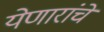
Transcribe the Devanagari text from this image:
येणारांचे